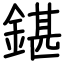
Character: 鍖